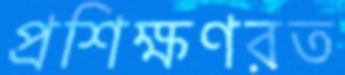
প্রশিক্ষণরত